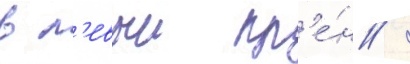
в л'евыи кр'е́н /